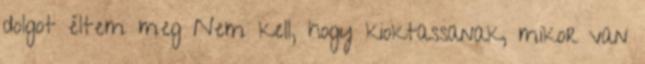
dolgot éltem meg Nem kell, hogy kioktassanak, mikor van